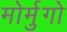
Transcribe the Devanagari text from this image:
मोर्मुगो